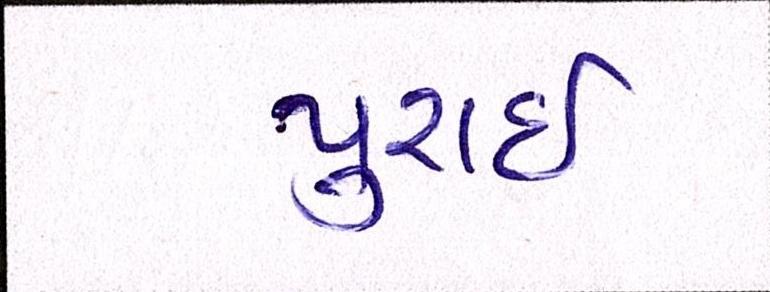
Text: પુરાઈ